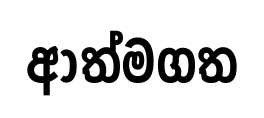
ආත්මගත